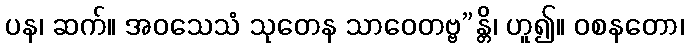
ပန၊ ဆက်။ အဝသေသံ သုတေန သာဝေတဗ္ဗ”န္တိ၊ ဟူ၍။ ဝစနတော၊